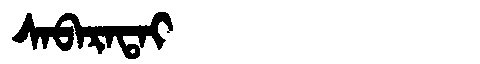
Manchu: ᠰᠠᠪᠠᡵᠠᡨᠠᡳ
Romanization: SABARATAI